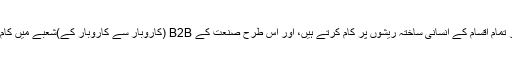
ہم کپاس اور تمام اقسام کے انسانی ساختہ ریشوں پر کام کرتے ہیں، اور اس طرح صنعت کے B2B (کاروبار سے کاروبار کے)شعبے میں کام کرتے ہیں۔